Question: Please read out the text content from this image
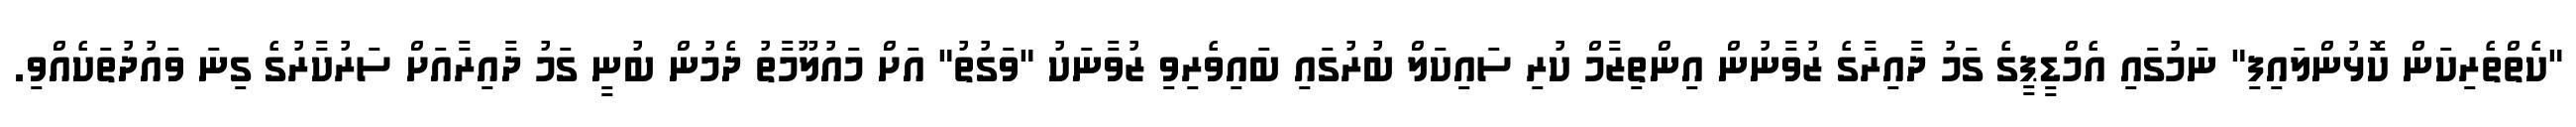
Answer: "ކެތްތެރިކަން ކޮޅުންލައިފި" ނަމުގައި އެމްޑީޕީގެ ގަމު ދާއިރާގެ ޒުވާނުން އިންތިޒާމް ކުރި ސައިކަލް ބުރުގައި ބައިވެރިވި ޒުވާނަކު "ވަގުތު" އަށް މައުލޫމާތު ދެމުން ބުނީ ގަމު ދާއިރާއަށް ސަރުކާރުގެ ގިނަ ވައުދުތަކެއްވި.